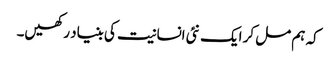
کہ ہم مل کر ایک نئی انسانیت کی بنیاد رکھیں۔